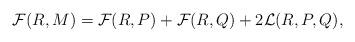
LaTeX: \begin{align*}\mathcal{F}(R,M)=\mathcal{F}(R,P) + \mathcal{F}(R,Q) +2 \mathcal{L}(R,P,Q),\end{align*}